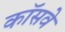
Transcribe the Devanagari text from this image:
कॉसवे